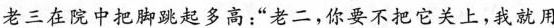
老三在院中把脚跳起多高，“老二，你要不把它关上，我就用